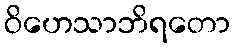
ဝိဟေသာဘိရတော